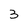
Character: 3